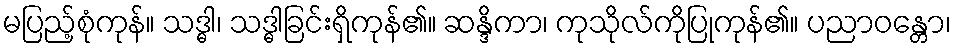
မပြည့်စုံကုန်။ သဒ္ဓါ၊ သဒ္ဓါခြင်းရှိကုန်၏။ ဆန္ဒိကာ၊ ကုသိုလ်ကိုပြုကုန်၏။ ပညာဝန္တော၊